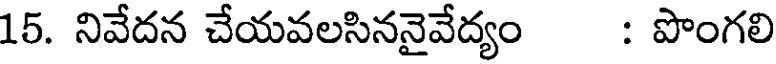
15. నివేదన చేయవలసిననైవేద్యం : పొంగలి